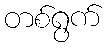
တစ်ရွက်